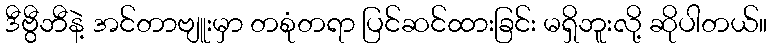
ဒီဗွီဘီနဲ့ အင်တာဗျူးမှာ တစုံတရာ ပြင်ဆင်ထားခြင်း မရှိဘူးလို့ ဆိုပါတယ်။